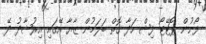
ފޯނުން ޕޮޓޭޓޯ ފިޝް ހަދާ ގޮތް ބަލަމުން ޒާޔާ އޭގައި އިރުޝާދު ދޭ